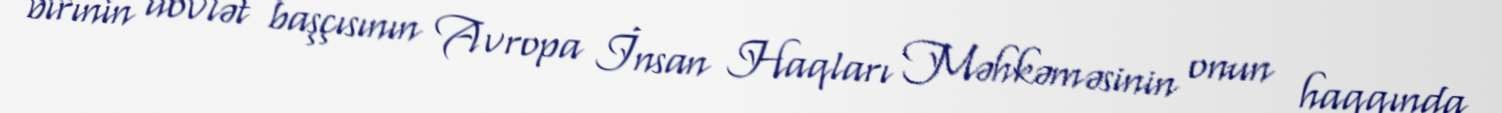
birinin dövlət başçısının Avropa İnsan Haqları Məhkəməsinin onun haqqında